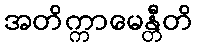
အတိက္ကာမေန္တီတိ